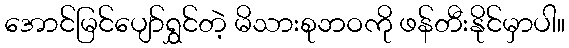
အောင်မြင်ပျော်ရွှင်တဲ့ မိသားစုဘဝကို ဖန်တီးနိုင်မှာပါ။